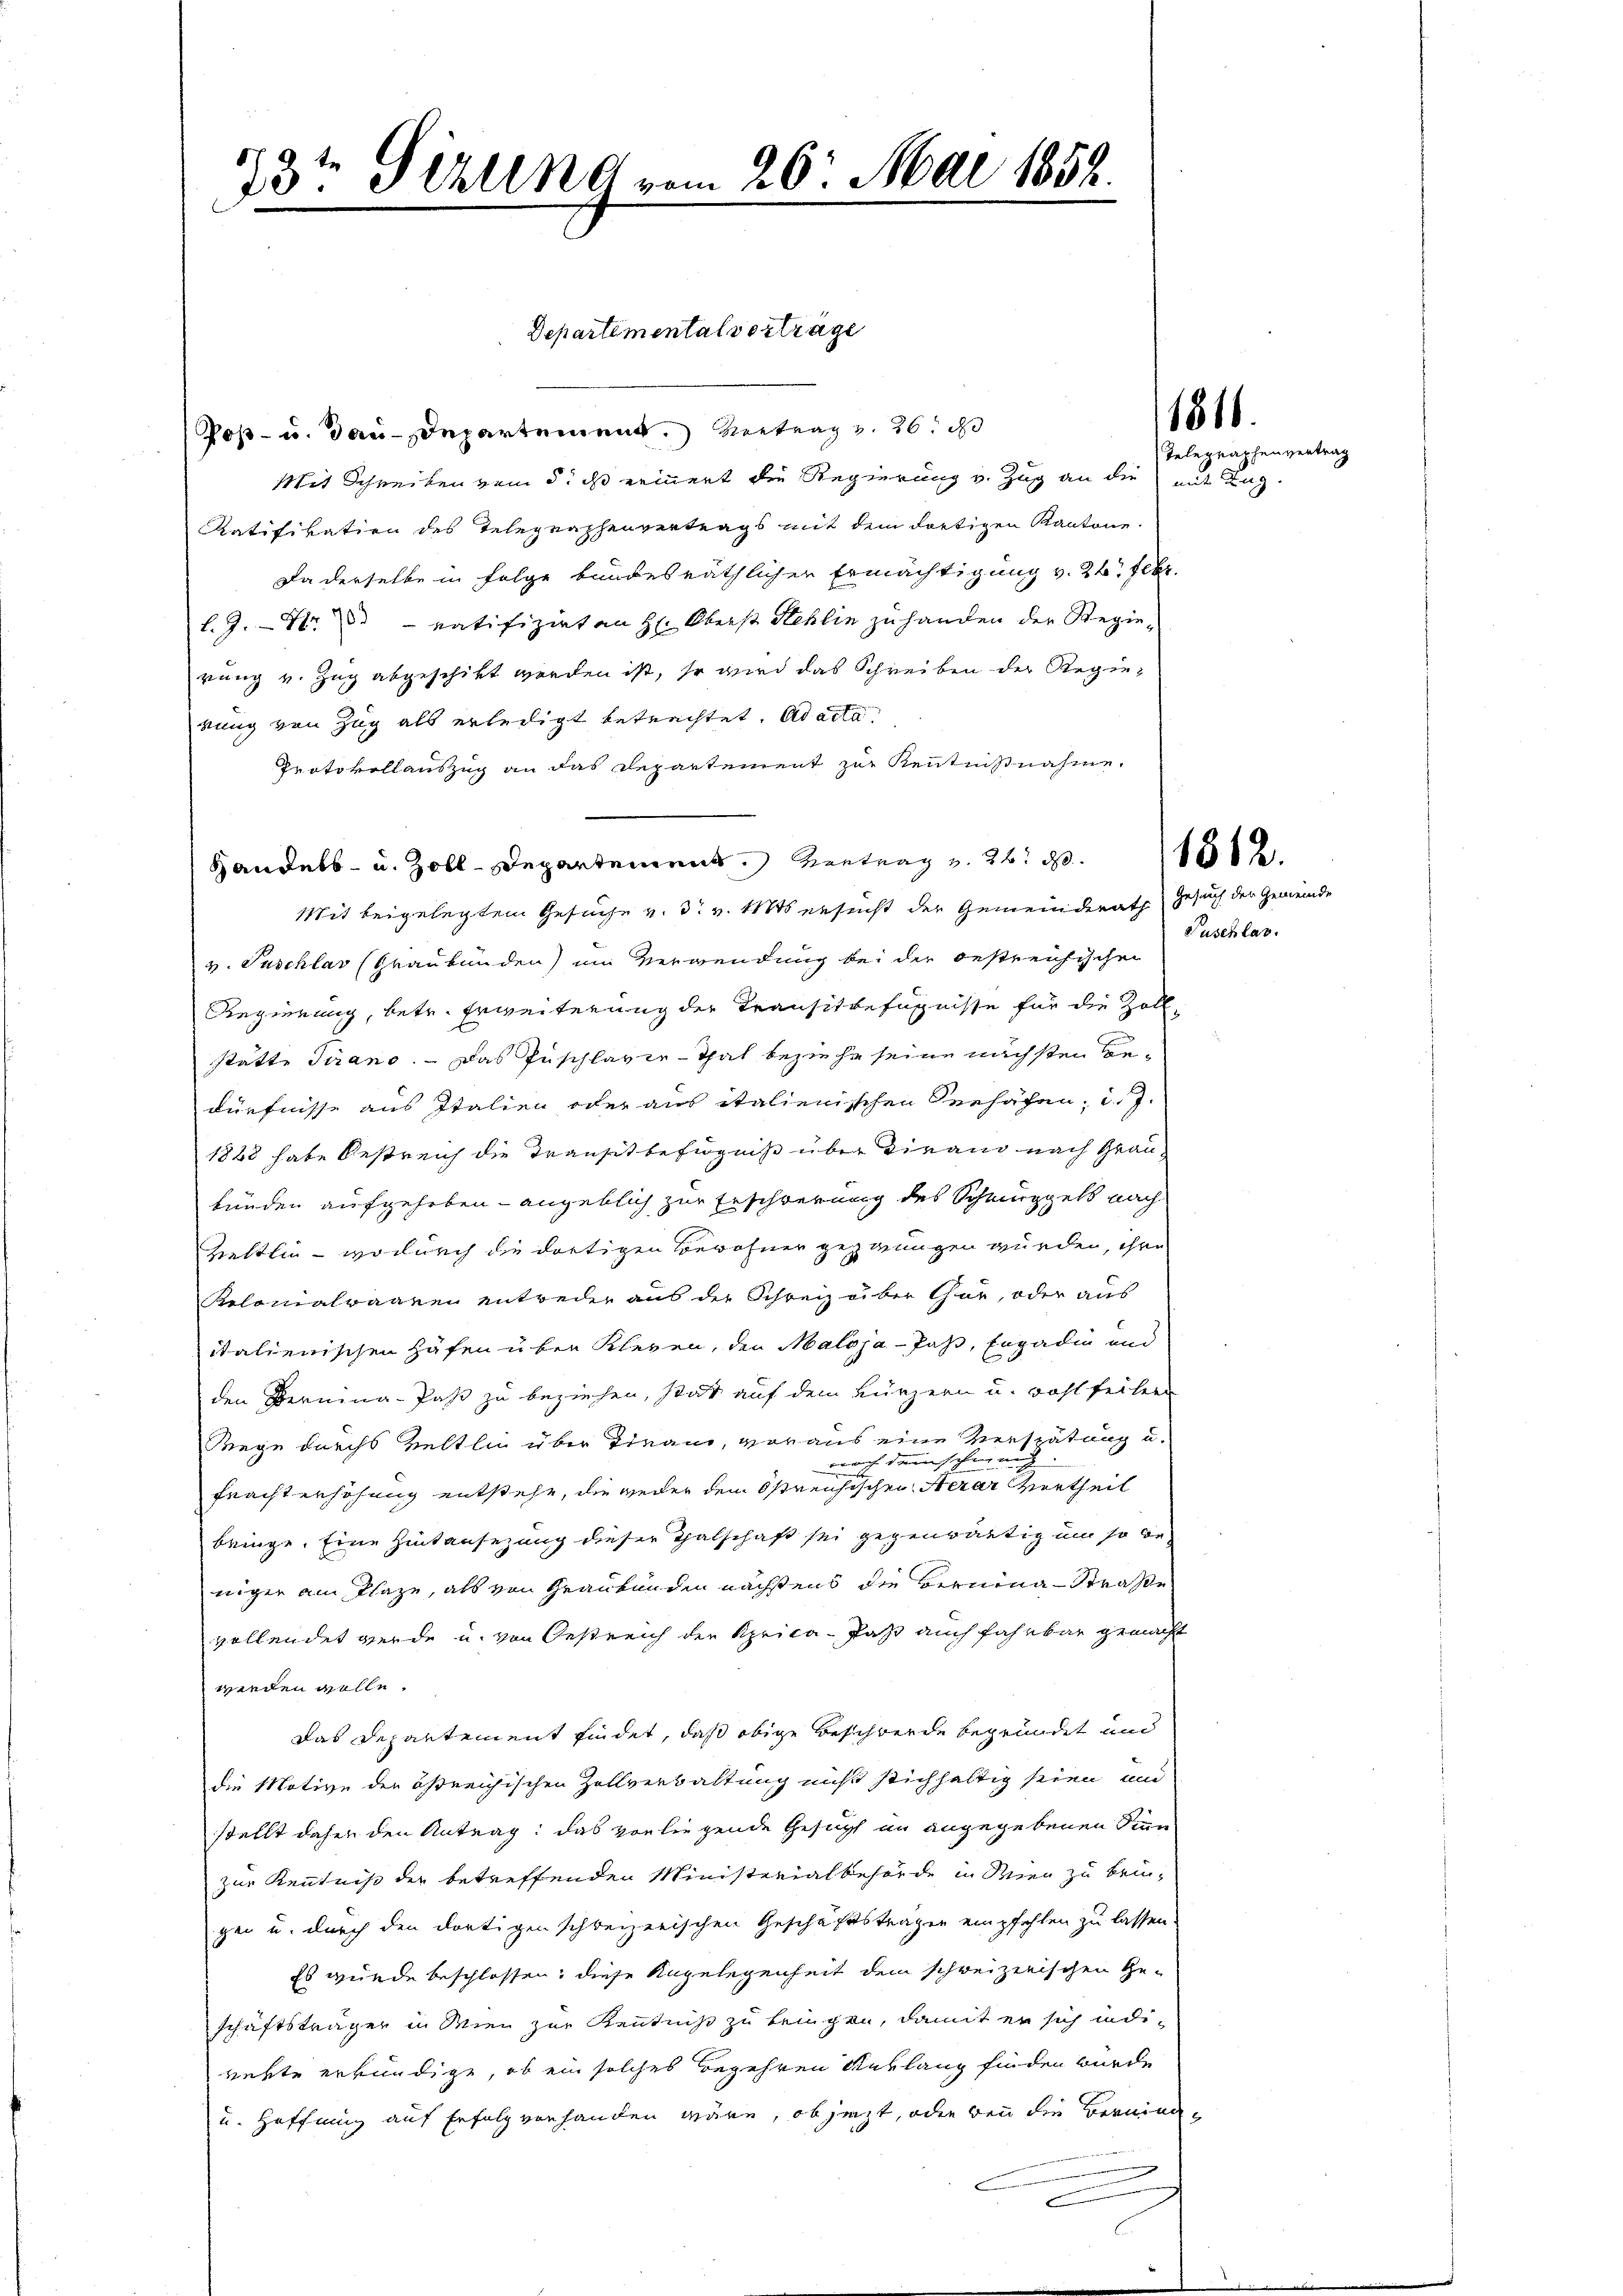
.
te
23 Teilung vom 26. Mai 1859.
i
e
d

Poß- u. Bau-Departement. Vertrag v. 26. d
Mit Schreiben vom 5. ds erinnert die Regierung v. Zug an die mit Tag.
Ratifikation des Telegraphenvertrags mit dem dortigen Kantone.
Da derselbe in Folge bundesräthlicher Ermächtigung v. 24. Febr.
l. J. Nr. 3. ratifizirten H: Oberst Stehlin zu handen der Regierung v. Zug abgeschikt werden ist, so wird das Schreiben der Regierung von Zug als erledigt betrachtet. ad acta
Protokollauszug an das Departement zur Kenntnißnahme.
Handels- u. Zolldepartement Vertrag v. 26. 1882
Mit beigelegtem Gesuche v. 3. v. Mts ersucht der Gemeinderath Gesuch der Gemeinde
v. Taschlav (Graubünden) im Verwendung bei der oestreichischen
Regierung, betr. Erweiterung der Transitbefugnisse für die Zoll-
stätte Tirano. — Das Zuschlager-Thal beziehe seine nächsten bedürfnisse aus Italien oder aus italienischen Verhäfen, d. 7.
1828 habe Oestreich die Transit befugniß über dirend nach Graubunden aufgehoben - angeblich zur Erschwerung des Schmuggels nach
Zieltlin - wodurch die dortigen Bewohner gezwungen würden, ihre
Kolonialraaren entweder aus der Schreiz über Chur, oder aus
italienischen Häfen über Klegen, den Maloja - Paß, Engadin und
den Bernina-Paß zu beziehen, stat auf dem Kürzern u. wohlfeilen
Wege durchs Veltlin über Trand, voraus eine Verspätung u.
dnach denscheinung.
Fracht erhöhung entstehe, die weder den Östreichischen Aerar Vortheil
bringe. Eine Hintansezung dieser Thalschaft sei gegenwärtig um so beniger ain Plaze, als von Graubünden nächstens die Bernina-Straße
vollendet werde u. von Oestreich der Aprica - Paß auch fahrbar gemacht
werden wolle.
Das Departement findet, daß obige Beschwerde begründet und
die Motive der östreichischen Zollverwaltung nicht stichhaltig seien und
stellt daher den Antrag, das vorliegende Gesuch in angegebenen Stun
zur Kenntniß der betreffenden Ministerialbehörde in Wien zu beigen u. durch den dortigen schweizerischen Geschäftstragen empfehlen zu lassen.
Es wurde beschlossen, diese Angelegenheit dem schweizerischen Ge-
schäftsträger in Wien zur Kenntniß zu beigen, damit er sich indirehte erkundige, ob ein solches begehren Anklang finden wurde
u. Hoffnung auf Erfolg vorhanden wäre, ob jetzt, oder bei die Bereine

Departementalverträge

1816.

Telegraphenvertrag

Puschlas